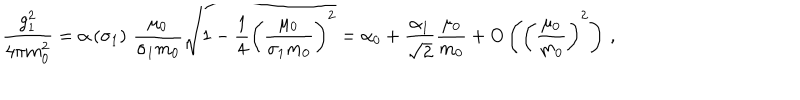
\frac { g _ { 1 } ^ { 2 } } { 4 \pi m _ { 0 } ^ { 2 } } = \alpha \left( \sigma _ { 1 } \right) \, \frac { \mu _ { 0 } } { \sigma _ { 1 } m _ { 0 } } \sqrt { 1 - \frac { 1 } { 4 } \left( \frac { \mu _ { 0 } } { \sigma _ { 1 } m _ { 0 } } \right) ^ { 2 } } = \alpha _ { 0 } + \frac { \alpha _ { 1 } } { \sqrt { 2 } } \frac { \mu _ { 0 } } { m _ { 0 } } + O \left( \left( \frac { \mu _ { 0 } } { m _ { 0 } } \right) ^ { 2 } \right) \, ,